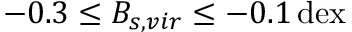
- 0 . 3 \leq B _ { s , v i r } \leq - 0 . 1 \, \mathrm { d e x }